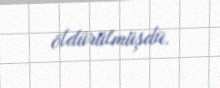
öldürülmüşdü.